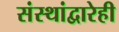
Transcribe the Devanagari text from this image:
संस्थांद्वारेही